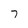
Character: 7